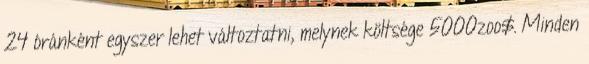
24 óránként egyszer lehet változtatni, melynek költsége 5000zoo$. Minden